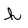
Character: h